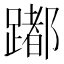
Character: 𨅮